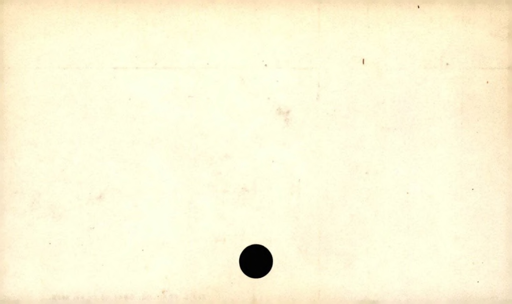
Label: blank